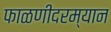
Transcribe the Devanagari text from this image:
फाळणीदरम्यान